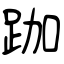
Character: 跏